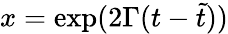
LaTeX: x=\mathrm{exp}(2\Gamma(t-\tilde{t}))